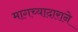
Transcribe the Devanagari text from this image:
मागच्यादाराने